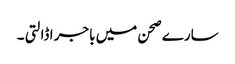
سارے صحن میں باجر ا ڈالتی ۔